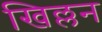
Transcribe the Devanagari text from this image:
खिल्लन